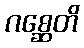
ဂစ္ဆေတိ